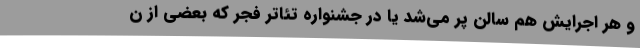
و هر اجرایش هم سالن پر می‌شد یا در جشنواره تئاتر فجر که بعضی از ن